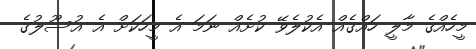
މީހެއްގެ މާލީ ހައްގެއް އެކުލެވޭ ކުށެއް ނަމަ އެ މީހަކަށް އެ އުސޫލުގެ